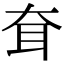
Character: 耷